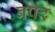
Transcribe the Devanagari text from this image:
वपर